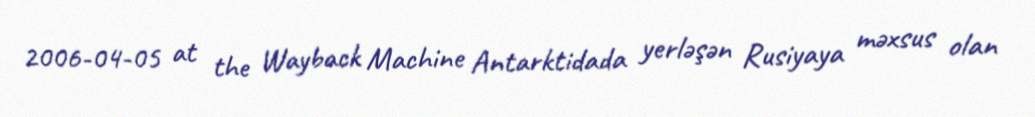
2006-04-05 at the Wayback Machine Antarktidada yerləşən Rusiyaya məxsus olan